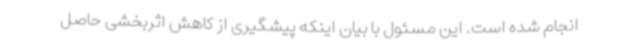
انجام شده است. این مسئول با بیان اینکه پیشگیری از کاهش اثربخشی حاصل